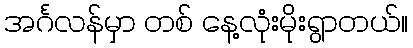
အင်္ဂလန်မှာ တစ် နေ့လုံးမိုးရွာတယ်။